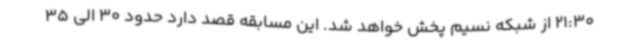
21:30 از شبکه نسیم پخش خواهد شد. این مسابقه قصد دارد حدود 30 الی 35